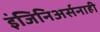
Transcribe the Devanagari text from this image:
इंजिनिअर्सनाही